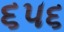
૬૫૬